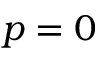
p = 0